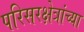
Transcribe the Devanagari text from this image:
परिसरक्षेत्रांच्या